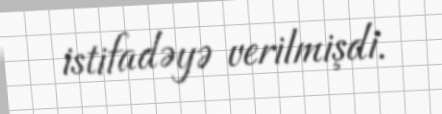
istifadəyə verilmişdi.